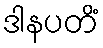
ဒါနပတိံ